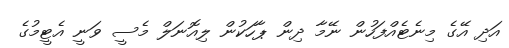
އަދި އޭގެ މިނެޓެއްފަހުން ނޭމާ ދިން ޕާހަކުން ލިއޮނަލް މެސީ ވަނީ އެޓީމުގެ